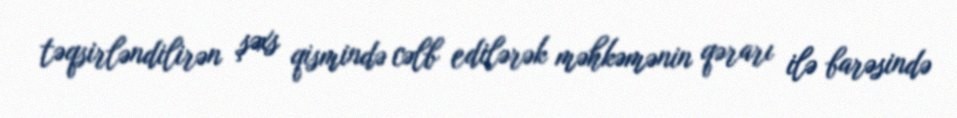
təqsirləndilirən şəxs qismində cəlb edilərək məhkəmənin qərarı ilə barəsində